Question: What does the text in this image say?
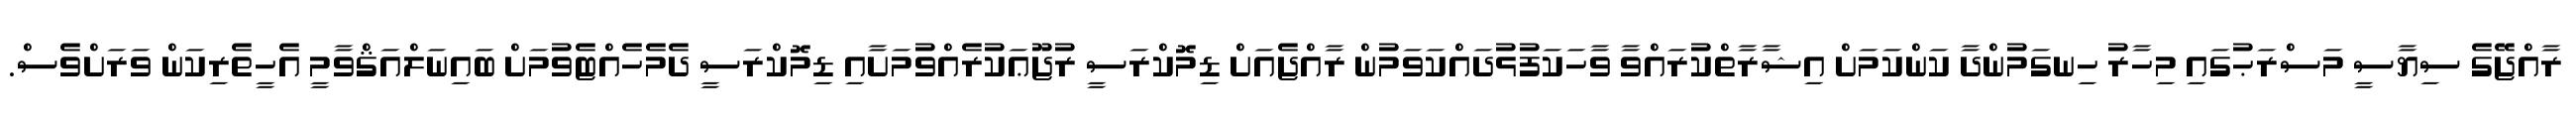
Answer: ރާއްޖޭގެ ސިޔާސީ މަސްރަޙުގައި މިހާރު ހިނގަމުންދާ ކަންކަމަށް އިޝާރާތްކުރައްވާ ވާހަކަފުޅުދައްކަވަމުން ރާއްޖެއަށް ޑިމޮކްރަސީ ރުޖޫޢަކުރެއްވުމަށާއި ޑިމޮކްރަސީ ދެމެހެއްޓެވުމަށް ބައިނަލްއަޤްވާމީ އެހީތެރިކަން ވަރަށްވެސް.